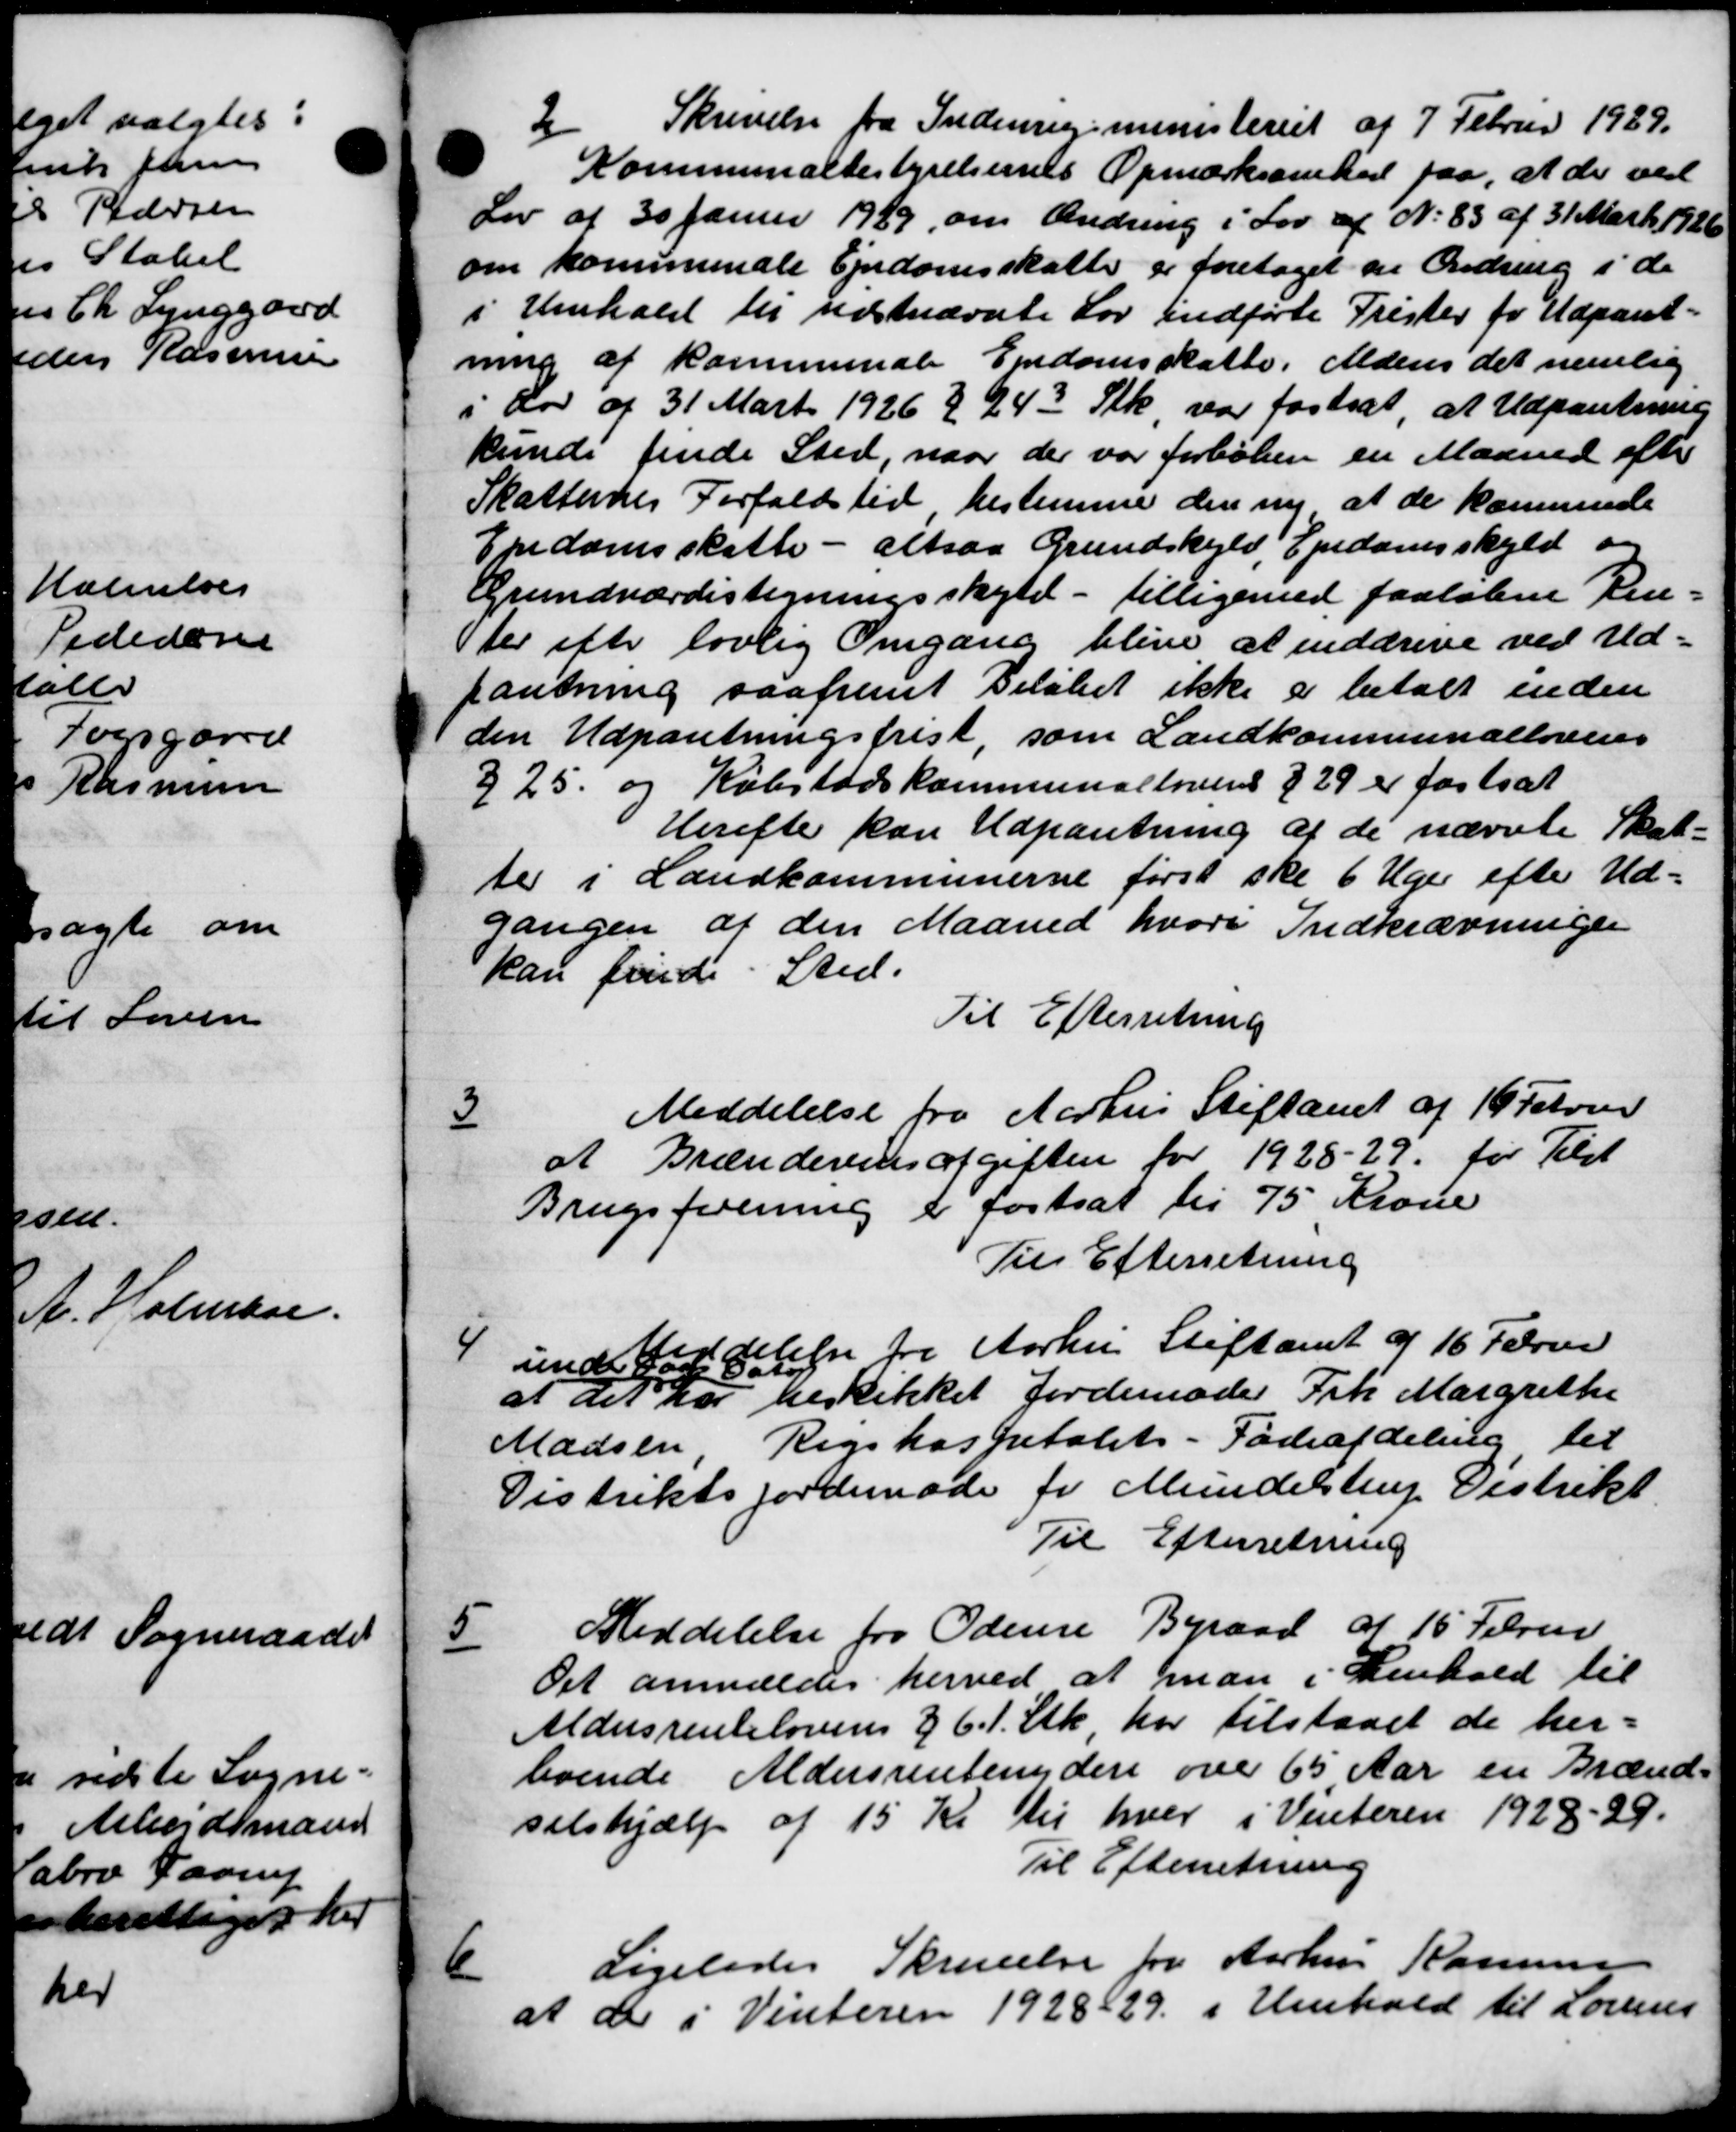
Transskription:
2
Skrivelse fra Indenrigsministeriet af 7 Februar 1929.
Kommunalbestyrelsernes Opmærksomhed paa, at der ved
Lov af 30 Januar 1989, om Ændring i Lov af N. 83 af 31 Marts 1926
om kommunale Ejendomsskatter er foretaget en Ændring i de
i Henhold til udstnævnte Lov indførte Prister for Udpant-
ning af kommunale Ejendomsskatte. Alders det nemlig
i Lov af 31 Marts 1926 § 243 Stk var fastsat at Udpantning
kunde finde Sted, naar der var forløben en Maaned efter
Skatternes Forfaldstid bestemme den ny at de kommende
Ejndomsskatte - altsaa Grundskyld, Ejndomsskyld og
Grundværdistegningsskyld - tilligemed paaløbne Ren-
ter efter lovlig Omgang blive at inddreve ved Ud-
pantning saafremt Beløbet ikke er betalt inden
den Udpantningsfrist som Landkommunallovens
225 og Købstadskommunallovens §29 er fastsat
Herefter kan Udpantning af de nævnte Skat-
ter i Landkommunerne først ske 6 Uger efter Ud-
gangen af den Maaned hvori Indkrævninger
kan finde Sted.
Til Efterretning
Meddelelse fra Aarhus Stiftamt af 19 Februar
3
at Brændevinsafgiften for 1928-29 for Tilst
Brugsforening er fastsat til 75 Krone
Til Efterretning
4
Meddelelse fra Aarhus Stiftamt af 16 Februar
under Dage Dato.
at det har beskikket Jordemoder Frk Margrethe
Madsen Rigshospitalets - Fadeafdeling til
Distrikts Jordemøde for Mundelstrup Distrikt
Til Efterretning
5
Meddelelse fra Odense Byraad af 15 Februar
Det anmeldes herved at man i henhold til
Aldersrentelovens § 61 Stk. har tilstaaet de her-
boende Aldersrentenydere over 65 Aar en Brænd-
selshjælp af 15 Kr til hver i Vinteren 1928-29.
Til Efterretning
6
Ligeledes Skrivelse fra Aarhus Rasmussen
at der i Vinteren 1928/29 i Henhold til Lovens